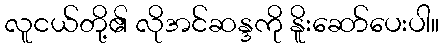
လူငယ်တို့၏ လိုအင်ဆန္ဒကို နိူးဆော်ပေးပါ။